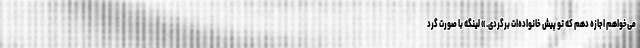
می‌خواهم اجازه دهم که تو پیش خانواده‌ات برگردی.» لینگه با صورت گرد